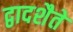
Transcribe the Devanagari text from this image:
द्वादशैते